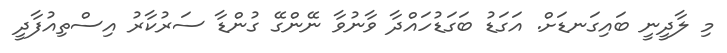
މި ލާދީނީ ބައިގަނޑަށް. އަގަޑު ބަގަޑުހައްދާ ވާނުވާ ނޭންގޭ ގުންޑާ ސަރުކާރު އިސްތިއުފާދީ